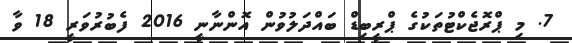
7. މި ޕްރޮޖެކްޓުތަކުގެ ޕްރީބިޑް ބައްދަލުވުން އޮންނާނީ 2016 ފެބުރުވަރީ 18 ވާ